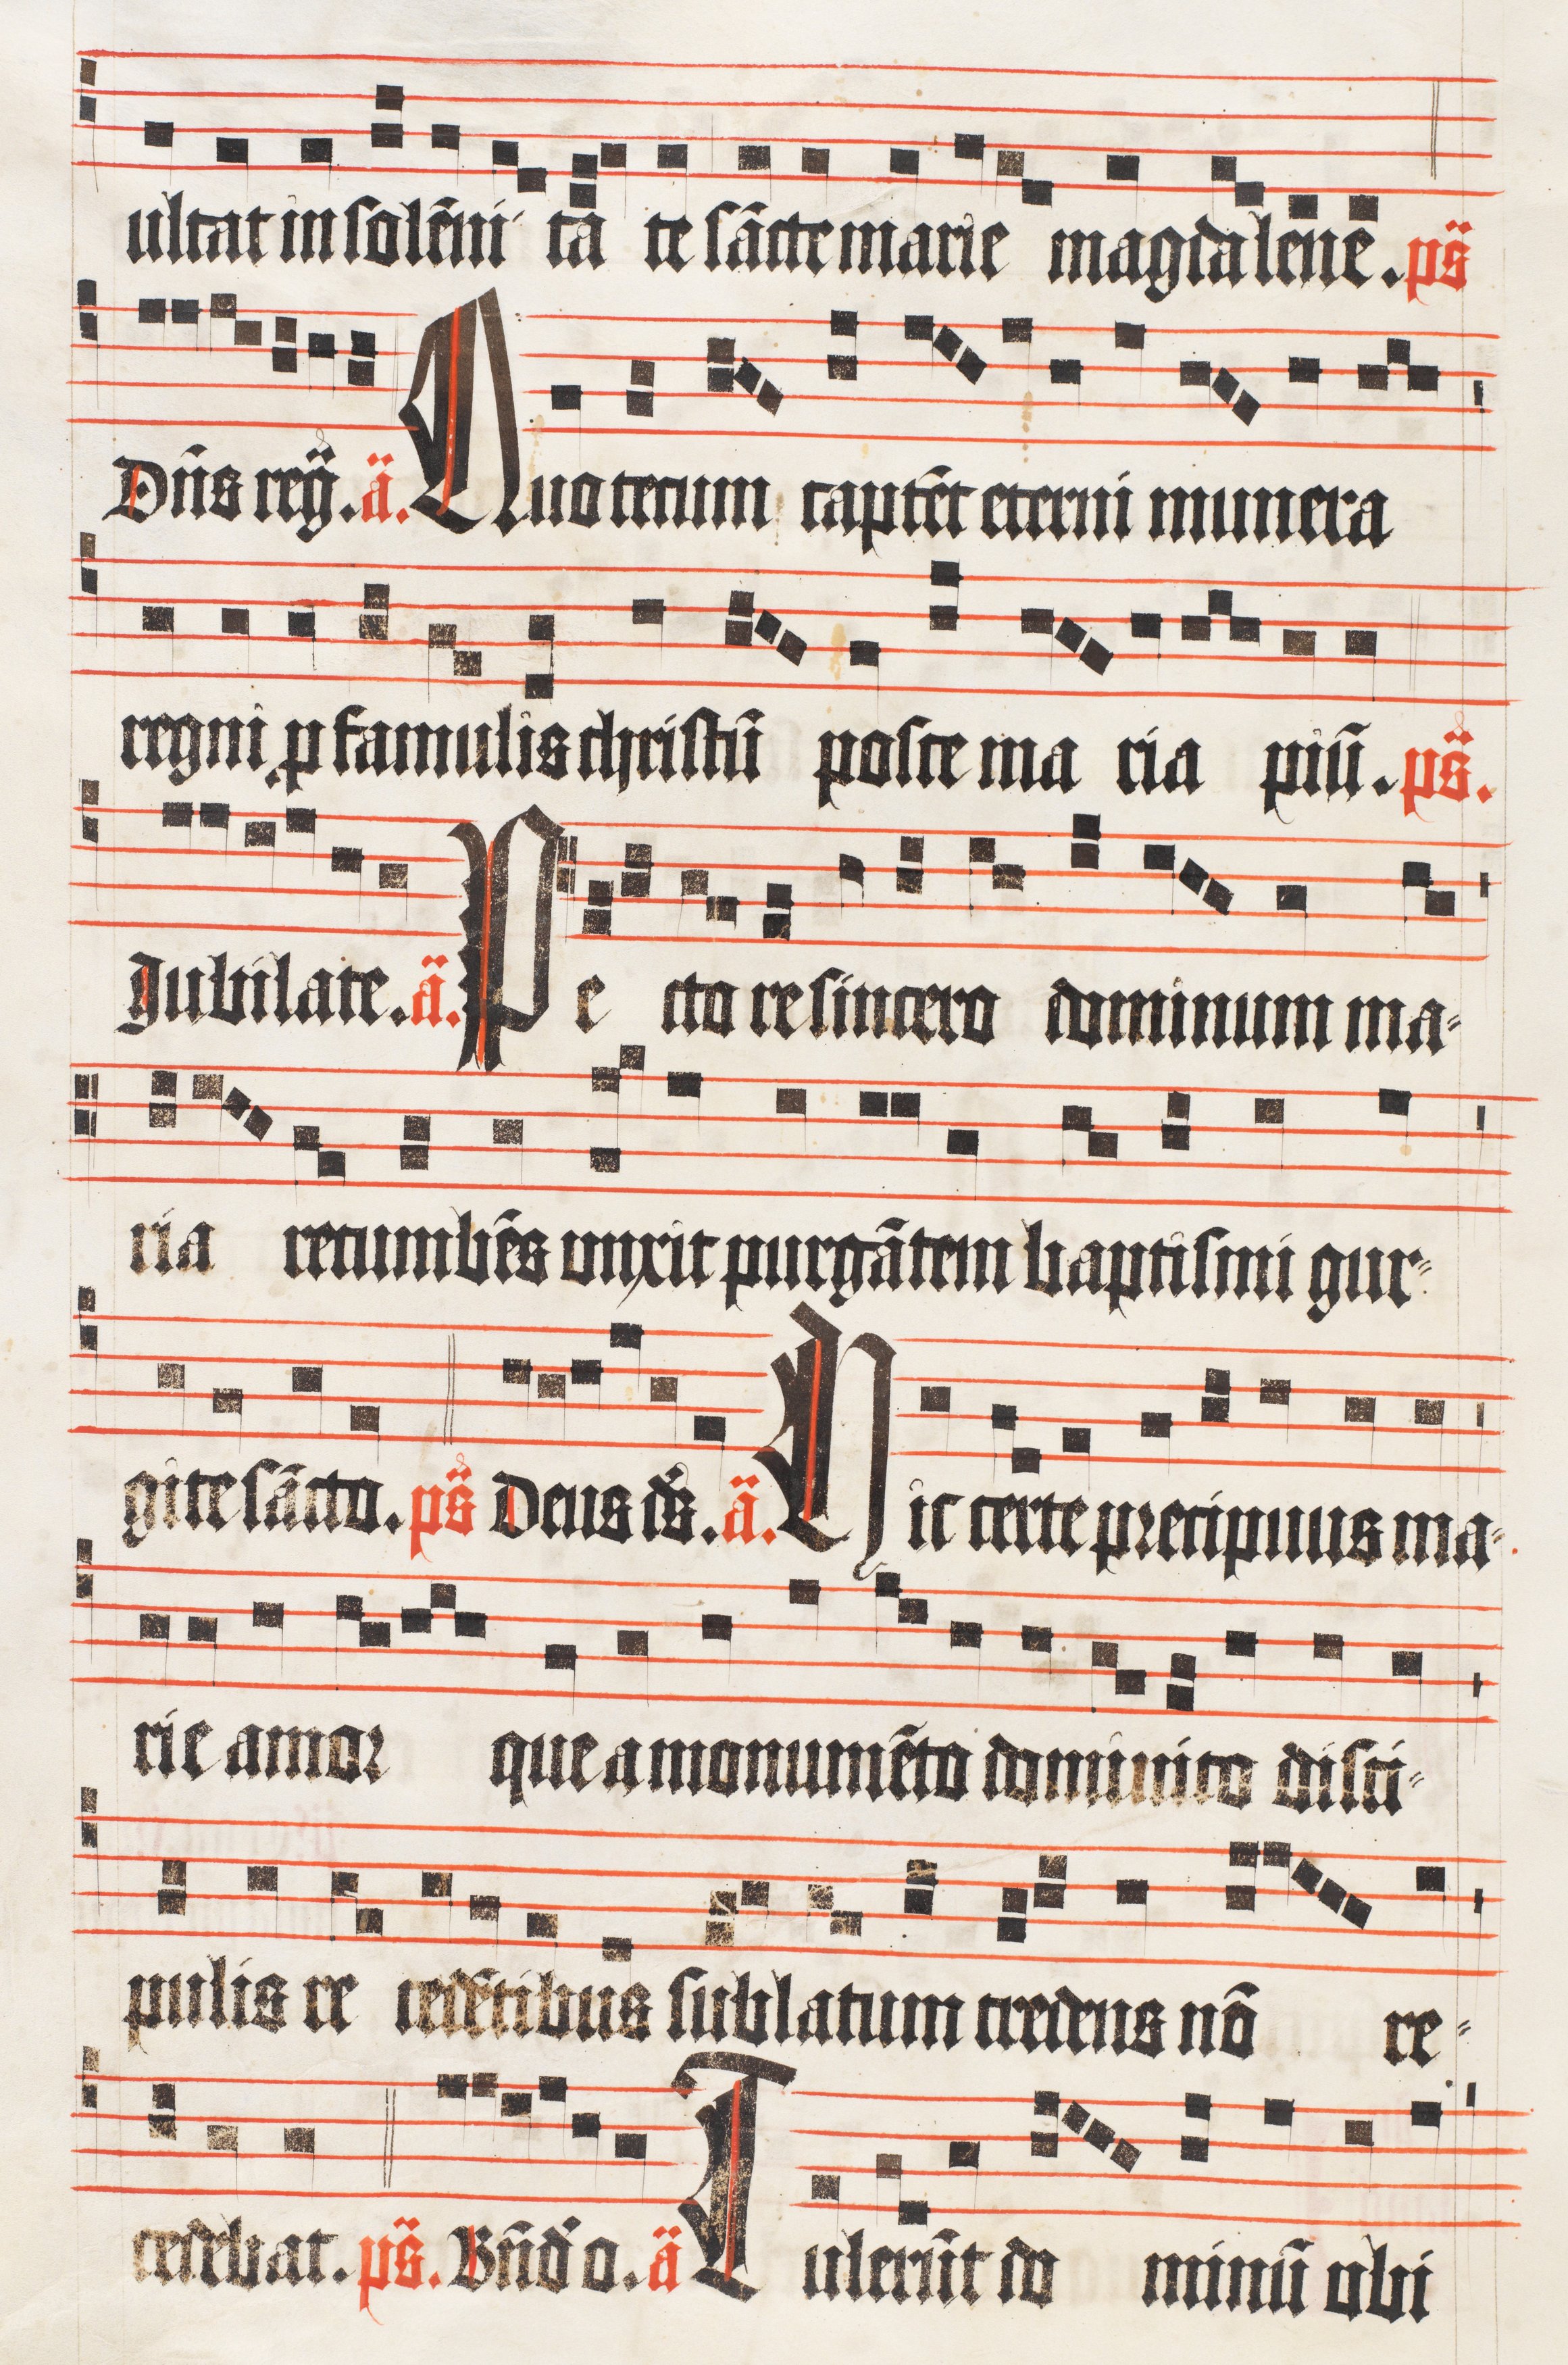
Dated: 1510–1517